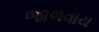
જાળવાય